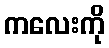
ကလေးကို